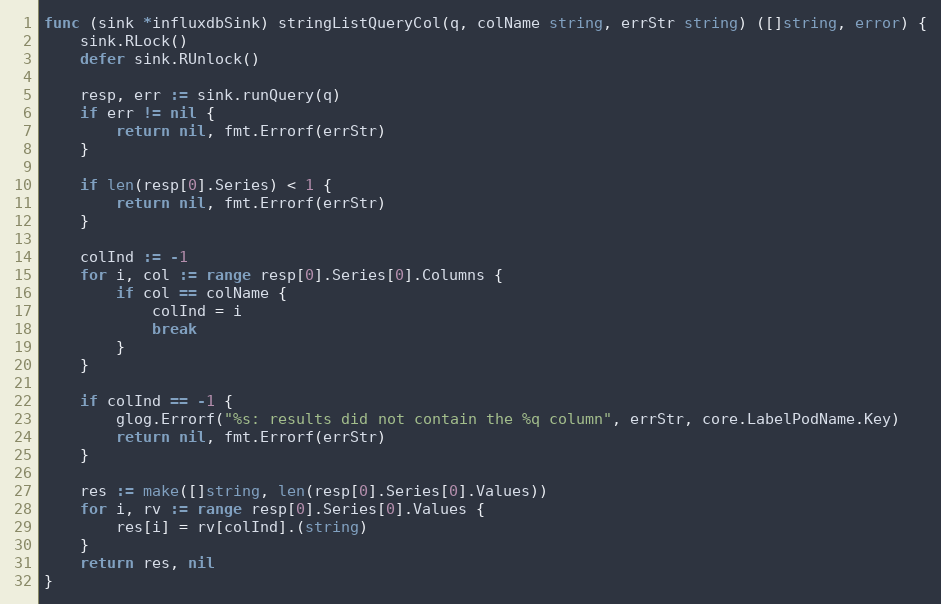
Language: Go
func (sink *influxdbSink) stringListQueryCol(q, colName string, errStr string) ([]string, error) {
	sink.RLock()
	defer sink.RUnlock()

	resp, err := sink.runQuery(q)
	if err != nil {
		return nil, fmt.Errorf(errStr)
	}

	if len(resp[0].Series) < 1 {
		return nil, fmt.Errorf(errStr)
	}

	colInd := -1
	for i, col := range resp[0].Series[0].Columns {
		if col == colName {
			colInd = i
			break
		}
	}

	if colInd == -1 {
		glog.Errorf("%s: results did not contain the %q column", errStr, core.LabelPodName.Key)
		return nil, fmt.Errorf(errStr)
	}

	res := make([]string, len(resp[0].Series[0].Values))
	for i, rv := range resp[0].Series[0].Values {
		res[i] = rv[colInd].(string)
	}
	return res, nil
}